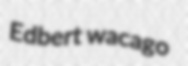
Edbert wacago